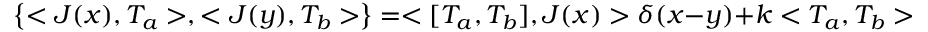
\left\{ < J ( x ) , T _ { a } > , < J ( y ) , T _ { b } > \right\} = < [ T _ { a } , T _ { b } ] , J ( x ) > \delta ( x - y ) + k < T _ { a } , T _ { b } > \partial _ { x } \delta ( x - y ) .